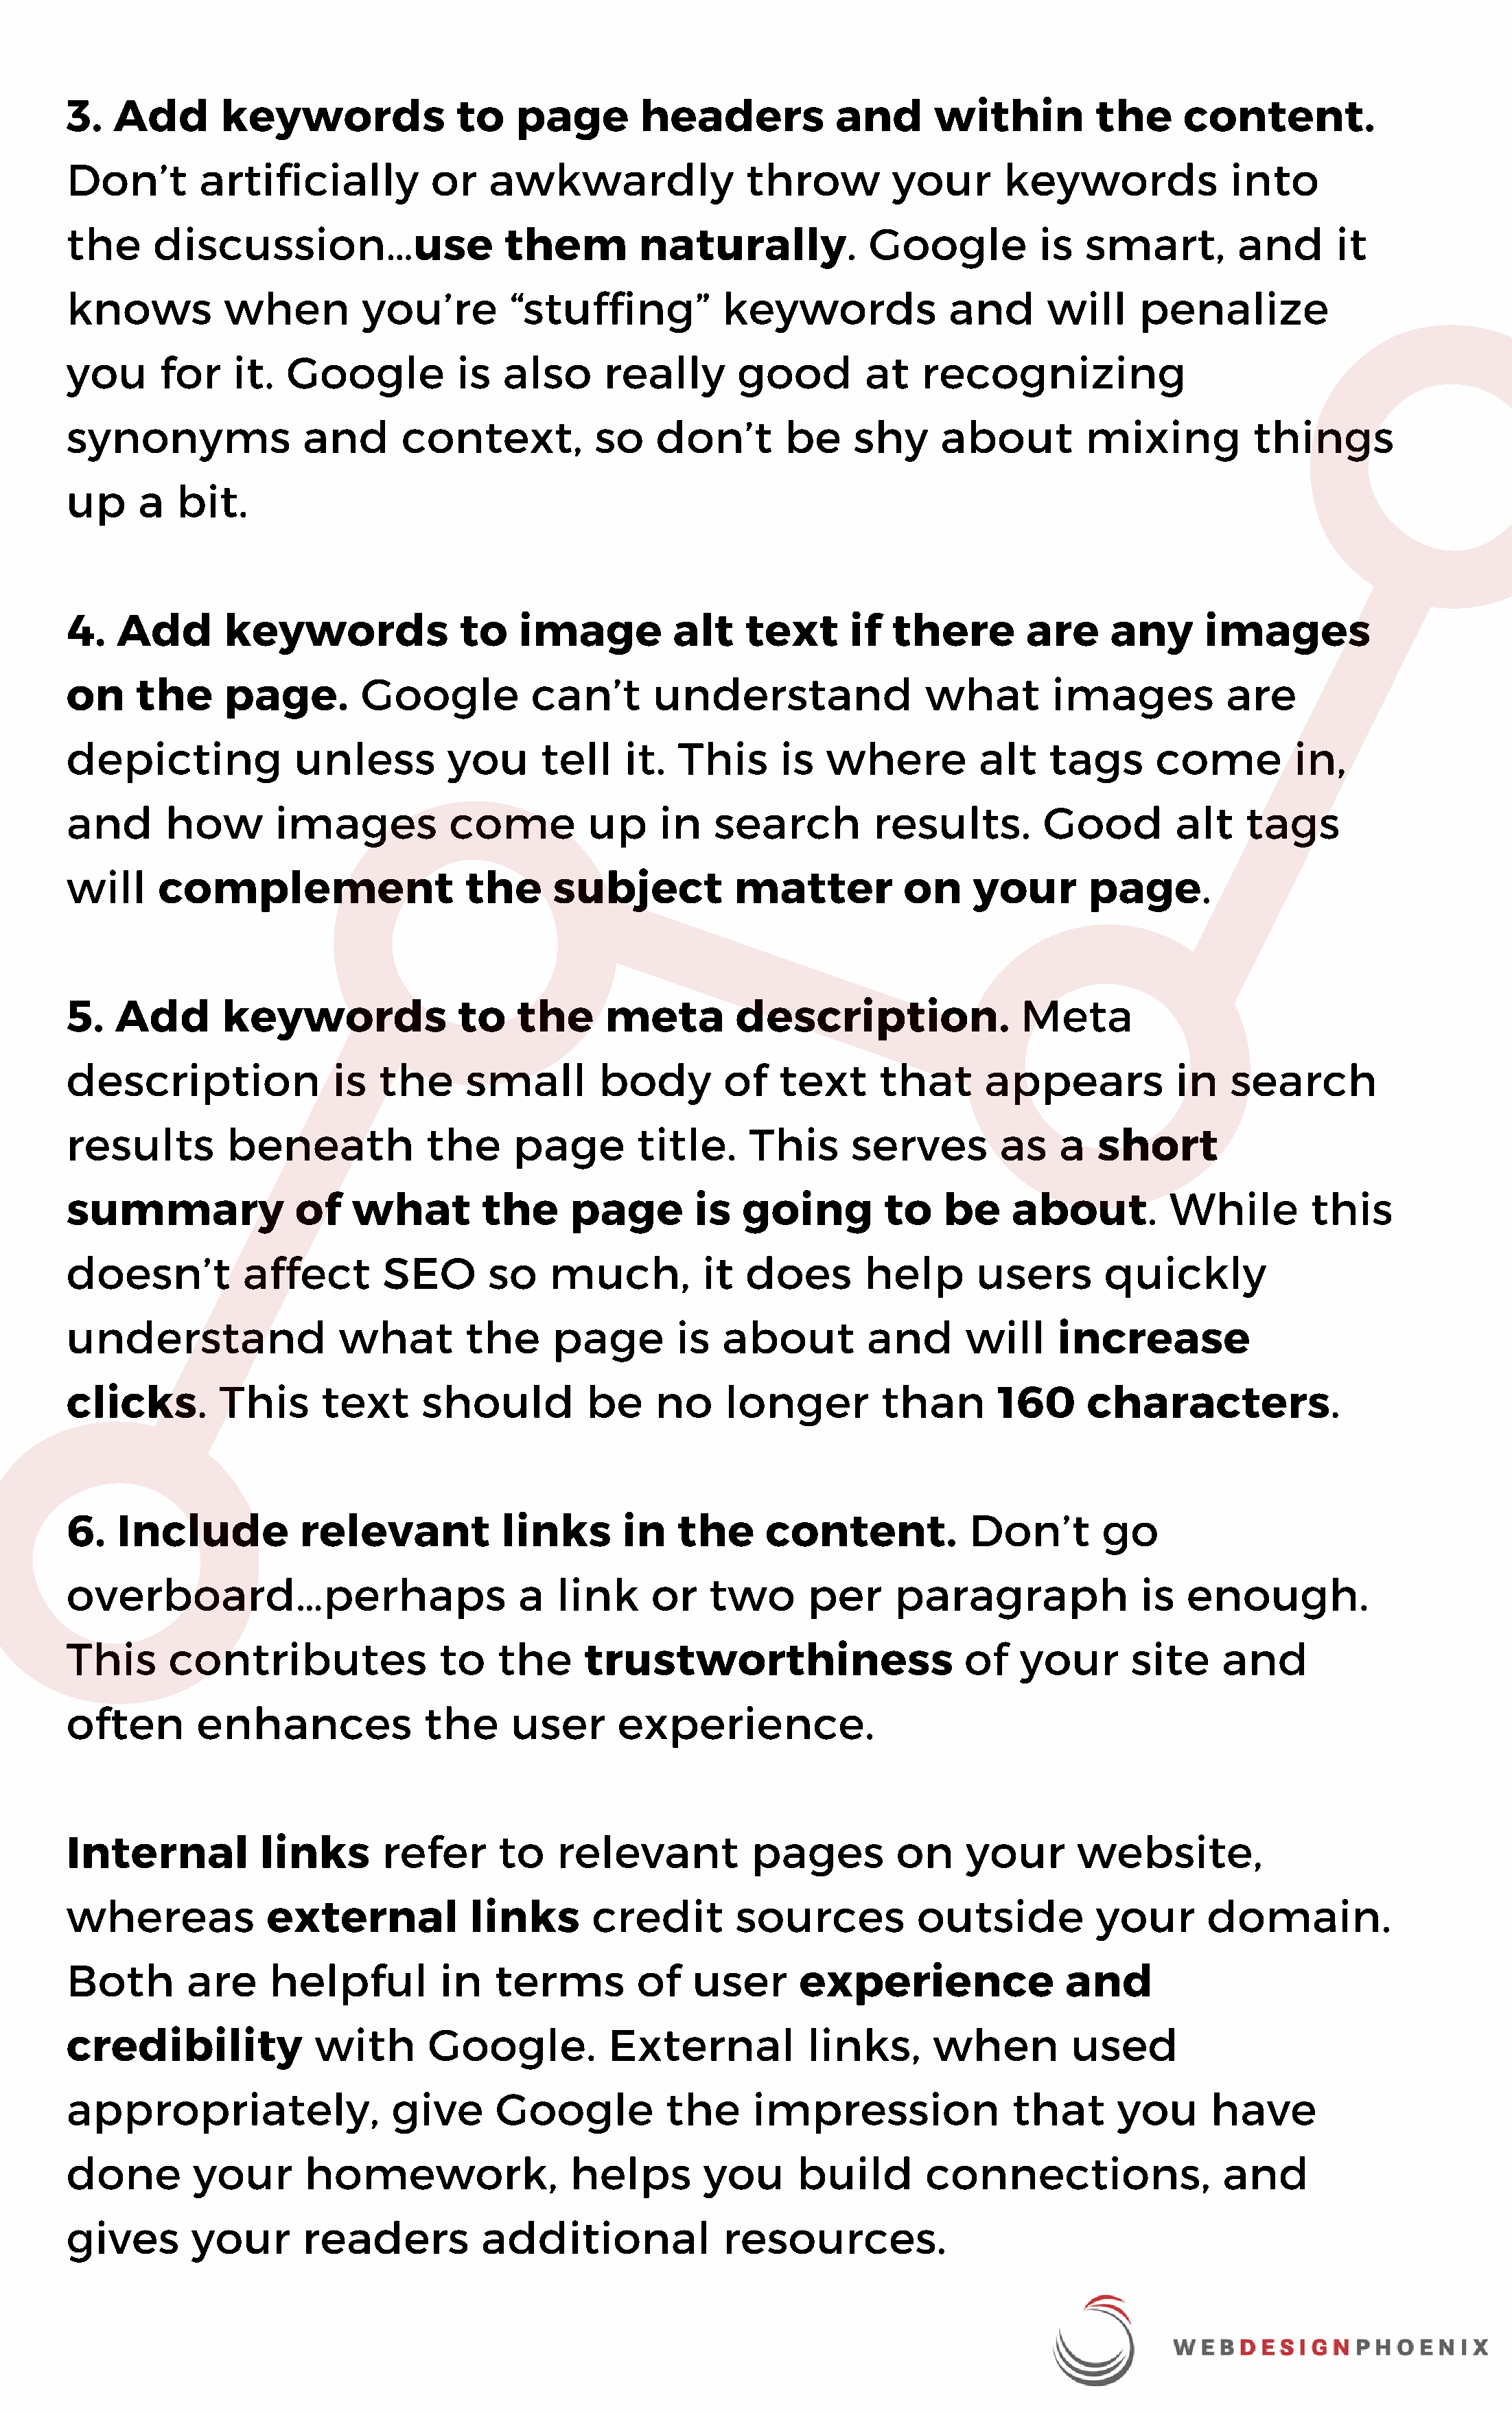
3.   Add       keywords               to    page        headers            and      within          the     content.
 Don’t        artificially           or   awkwardly                throw         your       keywords              into
 the      discussion…use                    them         naturally.            Google          is   smart,        and       it
 knows           when         you’re        “stuffing”           keywords             and       will     penalize
 you      for    it.   Google          is  also      really       good        at    recognizing
 synonyms               and       context,          so    don’t        be    shy      about         mixing          things
 up     a   bit.
 4.   Add        keywords              to    image          alt    text      if  there        are     any      images
 on     the      page.        Google          can’t       understand                what        images           are
 depicting             unless         you      tell    it.  This      is   where         alt    tags      come          in,
 and       how        images          come          up     in   search         results.         Good        alt    tags
 will     complement                    the     subject           matter          on     your       page.
 5.   Add       keywords               to    the     meta         description.               Meta
 description               is   the     small        body        of   text      that      appears           in    search
 results         beneath            the     page        title.     This      serves        as    a   short
 summary               of    what        the      page        is   going        to    be     about.         While        this
 doesn’t          affect        SEO       so    much,          it  does       help       users       quickly
 understand                 what        the     page        is   about         and      will     increase
 clicks.        This      text      should          be    no     longer         than       160      characters.
 6.   Include           relevant           links       in   the      content.           Don’t        go
 overboard…perhaps                           a   link     or   two       per     paragraph               is  enough.
 This      contributes               to    the     trustworthiness                      of   your       site     and
 often        enhances              the     user       experience.
 Internal           links       refer      to    relevant          pages         on     your       website,
 whereas             external           links       credit        sources          outside           your      domain.
 Both        are     helpful         in    terms        of    user      experience                and
 credibility             with       Google.           External           links,      when         used
 appropriately,                  give      Google          the      impression               that      you      have
 done         your      homework,                 helps        you      build       connections,                 and
 gives       your       readers          additional              resources.